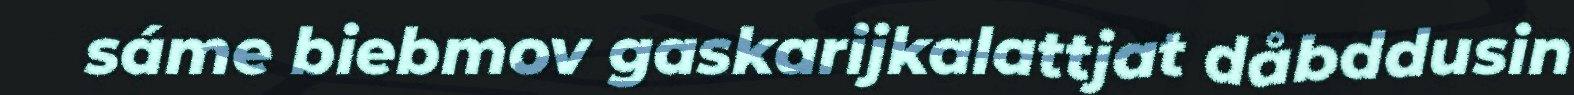
sáme biebmov gaskarijkalattjat dåbddusin